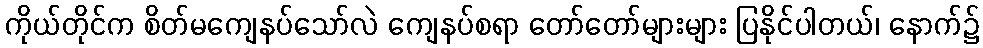
ကိုယ်တိုင်က စိတ်မကျေနပ်သော်လဲ ကျေနပ်စရာ တော်တော်များများ ပြနိုင်ပါတယ်၊ နောက်၌